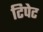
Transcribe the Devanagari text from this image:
टिपेट